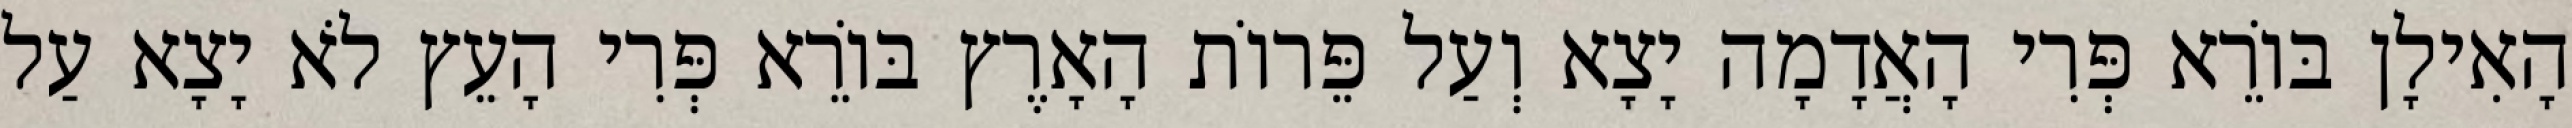
הָאִילָן בּוֹרֵא פְּרִי הָאֲדָמָה יָצָא וְעַל פֵּרוֹת הָאָרֶץ בּוֹרֵא פְּרִי הָעֵץ לֹא יָצָא עַל